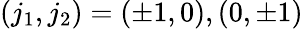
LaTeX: (j_{1},j_{2})=(\pm 1,0),(0,\pm 1)